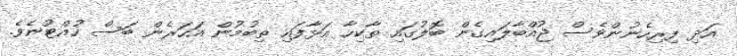
އަދި ފިރިހެނުންވެސް ޖުއްބާލައިގެން ބޮލުގައި ތާކިހާ އަޅާފައި ތިބުމުން އަހަރެން ބަސް ހުއްޓުނެވެ.